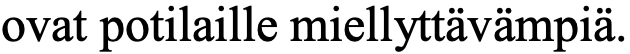
ovat potilaille miellyttävämpiä.